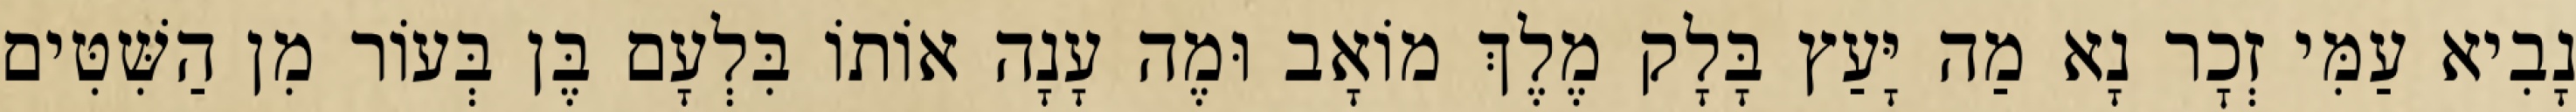
נָבִיא עַמִּי זְכׇר נָא מַה יָּעַץ בָּלָק מֶלֶךְ מוֹאָב וּמֶה עָנָה אוֹתוֹ בִּלְעָם בֶּן בְּעוֹר מִן הַשִּׁטִּים